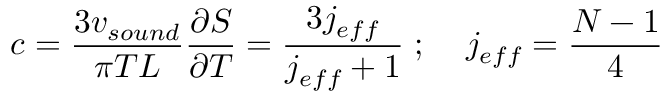
c = \frac { 3 v _ { s o u n d } } { \pi T L } \frac { \partial S } { \partial T } = \frac { 3 j _ { e f f } } { j _ { e f f } + 1 } \; ; \; \; \; \; j _ { e f f } = \frac { N - 1 } { 4 }